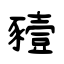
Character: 豷